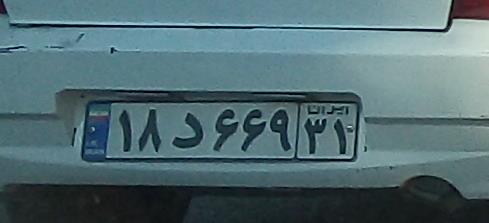
۱۸د۶۶۹۳۴